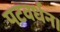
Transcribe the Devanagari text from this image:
पटवर्धन।